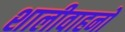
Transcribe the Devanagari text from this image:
शालीवाहनों